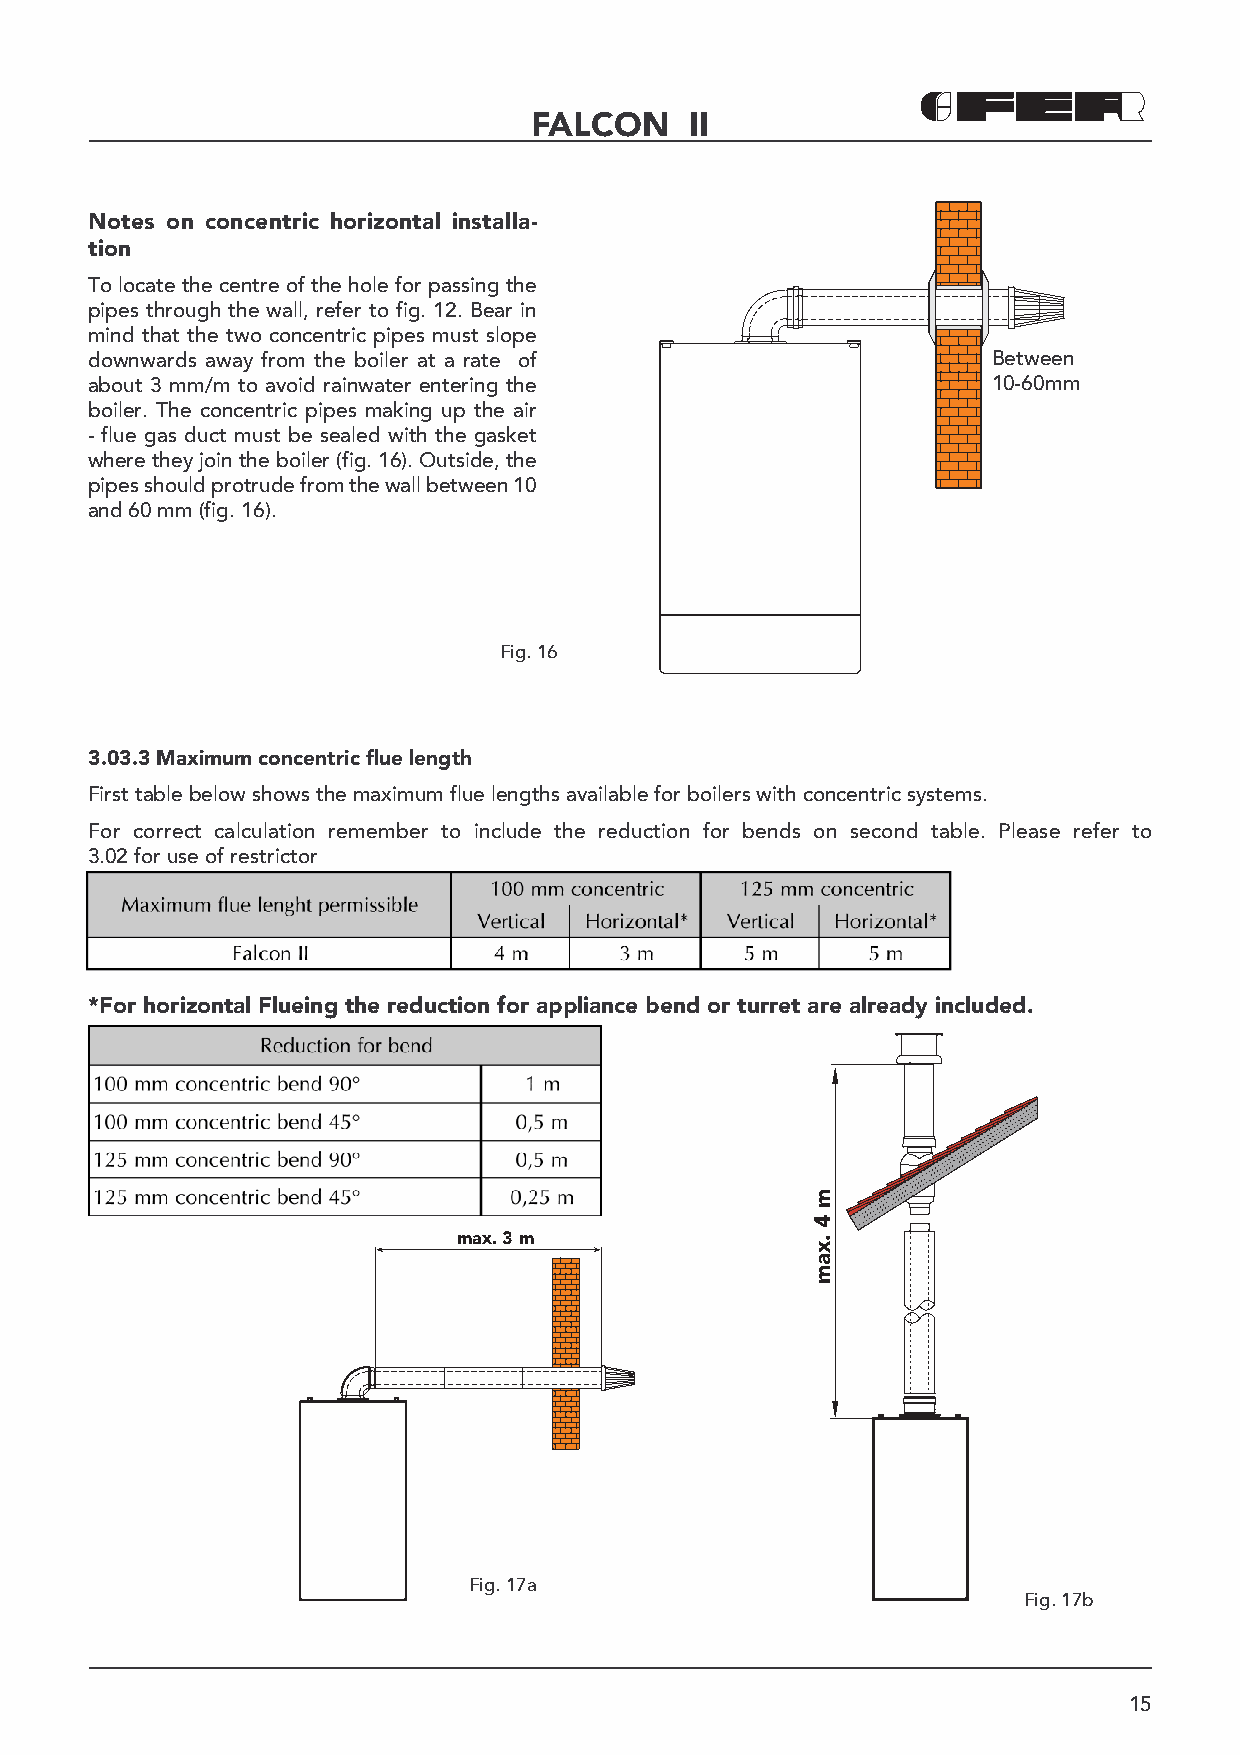
FALCON     II
 Notes on concentric horizontal installa-
 tion
 To locate the centre of the hole for passing the
 pipes through the wall, refer to fig. 12. Bear in
 mind that the two concentric pipes must slope
 downwards away from the boiler at a rate of                 Between
 about 3 mm/m to avoid rainwater entering the                10-60mm
 boiler. The concentric pipes making up the air
 - flue gas duct must be sealed with the gasket
 where they join the boiler (fig. 16). Outside, the
 pipes should protrude from the wall between 10
 and 60 mm (fig. 16).
 Fig. 16
 3.03.3 Maximum concentric fl ue length
 First table below shows the maximum flue lengths available for boilers with concentric systems.
 For correct calculation remember to include the reduction for bends on second table. Please refer to
 3.02 for use of restrictor
 *For horizontal Flueing the reduction for appliance bend or turret are already included.
 max. 3 m
 Fig. 17a
 Fig. 17b
 15
 m
 4
 .xam